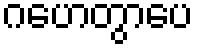
ဂဟေတွာပေ